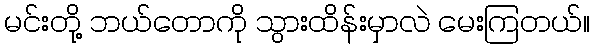
မင်းတို့ ဘယ်တောကို သွားထိန်းမှာလဲ မေးကြတယ်။